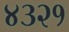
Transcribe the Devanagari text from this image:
४३२१